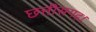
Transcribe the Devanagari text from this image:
छत्तीसगढ़।